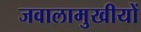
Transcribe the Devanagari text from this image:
जवालामुखीयों